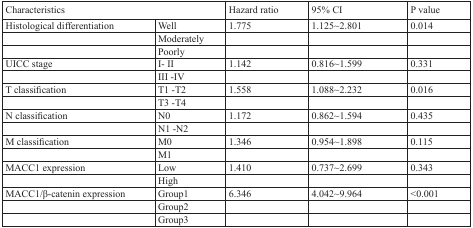
| <COLSPAN=2> Characteristics | Hazard ratio | 95% CI | P value |
 | --- | --- | --- | --- | --- |
 | Histological differentiation | Well | 1.775 | 1.125~2.801 | 0.014 |
 |  | Moderately |  |  |  |
 |  | Poorly |  |  |  |
 | UICC stage | I- II | 1.142 | 0.816~1.599 | 0.331 |
 |  | III -IV |  |  |  |
 | T classification | T1 -T2 | 1.558 | 1.088~2.232 | 0.016 |
 |  | T3 -T4 |  |  |  |
 | N classification | N0 | 1.172 | 0.862~1.594 | 0.435 |
 |  | N1 -N2 |  |  |  |
 | M classification | M0 | 1.346 | 0.954~1.898 | 0.115 |
 |  | M1 |  |  |  |
 | MACC1 expression | Low | 1.410 | 0.737~2.699 | 0.343 |
 |  | High |  |  |  |
 | MACC1/β-catenin expression | Group1 | 6.346 | 4.042~9.964 | <0.001 |
 |  | Group2 |  |  |  |
 |  | Group3 |  |  |  |